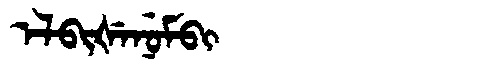
Manchu: ᡝᠯᠪᡳᡧᡝᠨᡠᠮᠪᡳ
Romanization: ELBIŠENUMBI